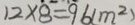
1 2 \times 8 = 9 6 ( m ^ { 2 } )